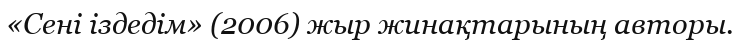
«Сені іздедім» (2006) жыр жинақтарының авторы.